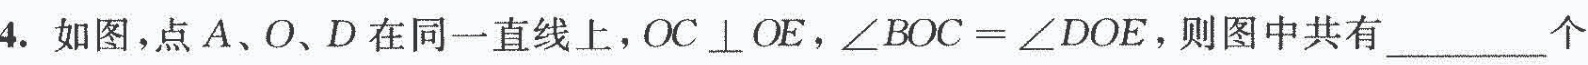
4.如图，点A、O、D在同一直线上，OC\bot OE，$$\angle B O C = \angle D O E$$，则图中共有_______个